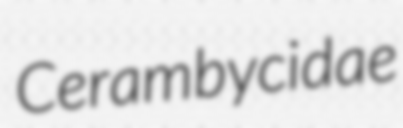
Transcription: Cerambycidae